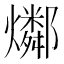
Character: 𤑲